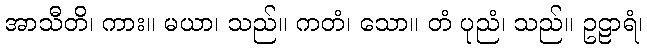
အာသီတိ၊ ကား။ မယာ၊ သည်။ ကတံ၊ သော။ တံ ပုညံ၊ သည်။ ဥဠာရံ၊